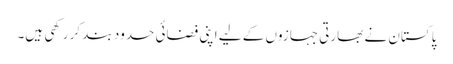
پاکستان نے بھارتی جہازوں کے لیے اپنی فضائی حدود بند کر رکھی ہیں۔